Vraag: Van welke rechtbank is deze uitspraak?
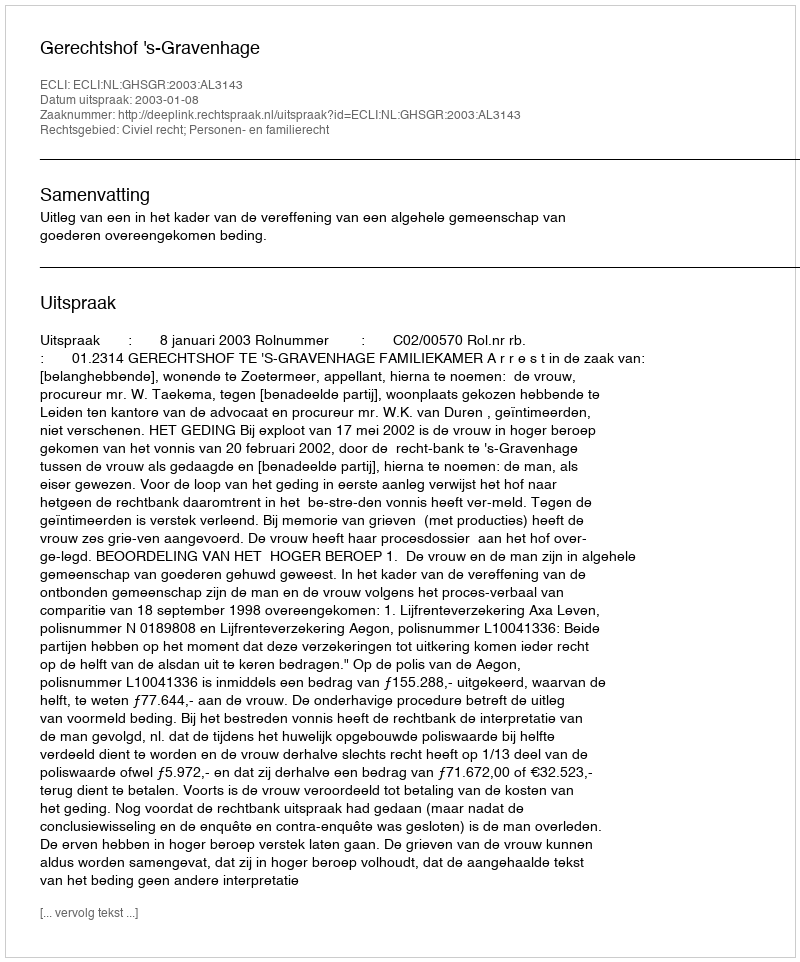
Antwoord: Gerechtshof 's-Gravenhage